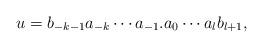
LaTeX: \begin{align*}u = b_{-k-1} a_{-k}\cdots a_{-1}.a_0\cdots a_lb_{l+1},\end{align*}